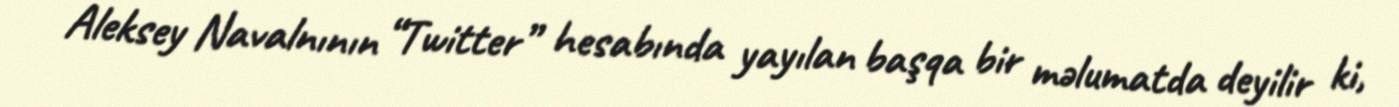
Aleksey Navalnının “Twitter” hesabında yayılan başqa bir məlumatda deyilir ki,